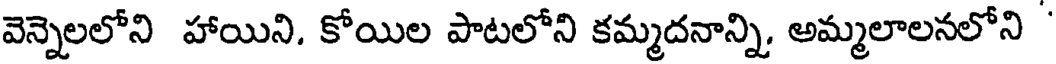
వెన్నెలలోని హాయిని. కోయిల పాటలోని కమ్మదనాన్ని, అమ్మలాలనలోని